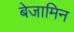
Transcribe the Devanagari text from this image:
बेजामिन